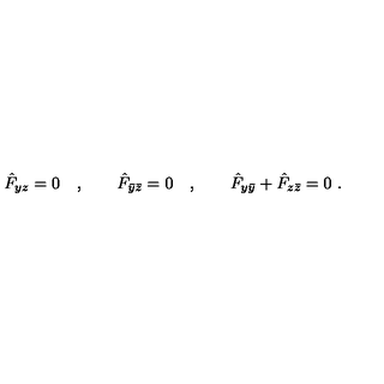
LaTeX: \hat { F } _ { y z } = 0 \quad , \qquad \hat { F } _ { \bar { y } \bar { z } } = 0 \quad , \qquad \hat { F } _ { y \bar { y } } + \hat { F } _ { z \bar { z } } = 0 \ .